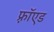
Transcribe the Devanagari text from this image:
फ़्रॉएड